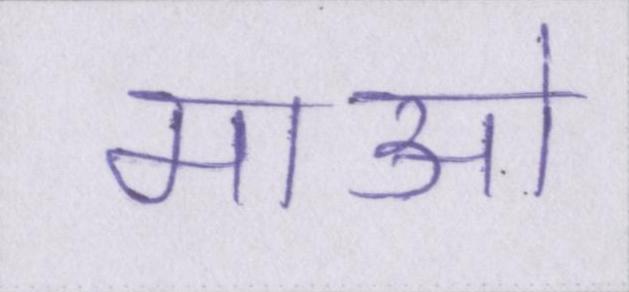
माओ